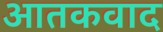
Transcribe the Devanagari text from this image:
आतकवाद